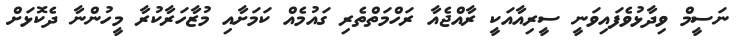
ނަސީމް ވިދާޅުވެފައިވަނީ ސީރިއާއަކީ ރާއްޖެއާ ރަހްމަތްތެރި ގައުމެއް ކަމަށާއި މުޒާހަރާކުރާ މީހުންނާ ދެކޮޅަށް